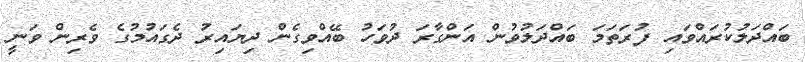
ބައްދަލުކުރައްވައި ފުރަތަމަ ބައްދަލުވުން އަންގާރަ ދުވަހު ބޭއްވިގެން ދިޔައިރު ދެގައުމުގެ ވެރިން ވަނީ